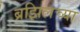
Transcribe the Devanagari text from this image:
ब्रझिलच्या